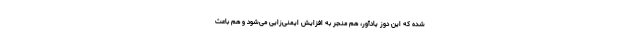
شده که این دوز یادآور، هم منجر به افزایش ایمنی‌زایی می‌شود و هم باعث